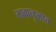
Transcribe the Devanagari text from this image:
भावानुभाव